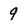
Character: 9